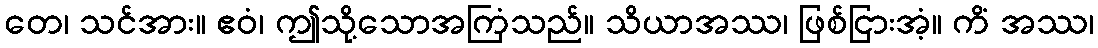
တေ၊ သင်အား။ ဧဝံ၊ ဤသို့သောအကြံသည်။ သိယာအဿ၊ ဖြစ်ငြားအံ့။ ကိံ အဿ၊